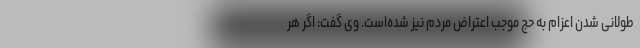
طولانی شدن اعزام به حج موجب اعتراض مردم نیز شده‌است. وی گفت: اگر هر